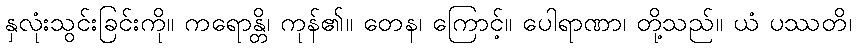
နှလုံးသွင်းခြင်းကို။ ကရောန္တိ၊ ကုန်၏။ တေန၊ ကြောင့်။ ပေါရာဏာ၊ တို့သည်။ ယံ ပဿတိ၊